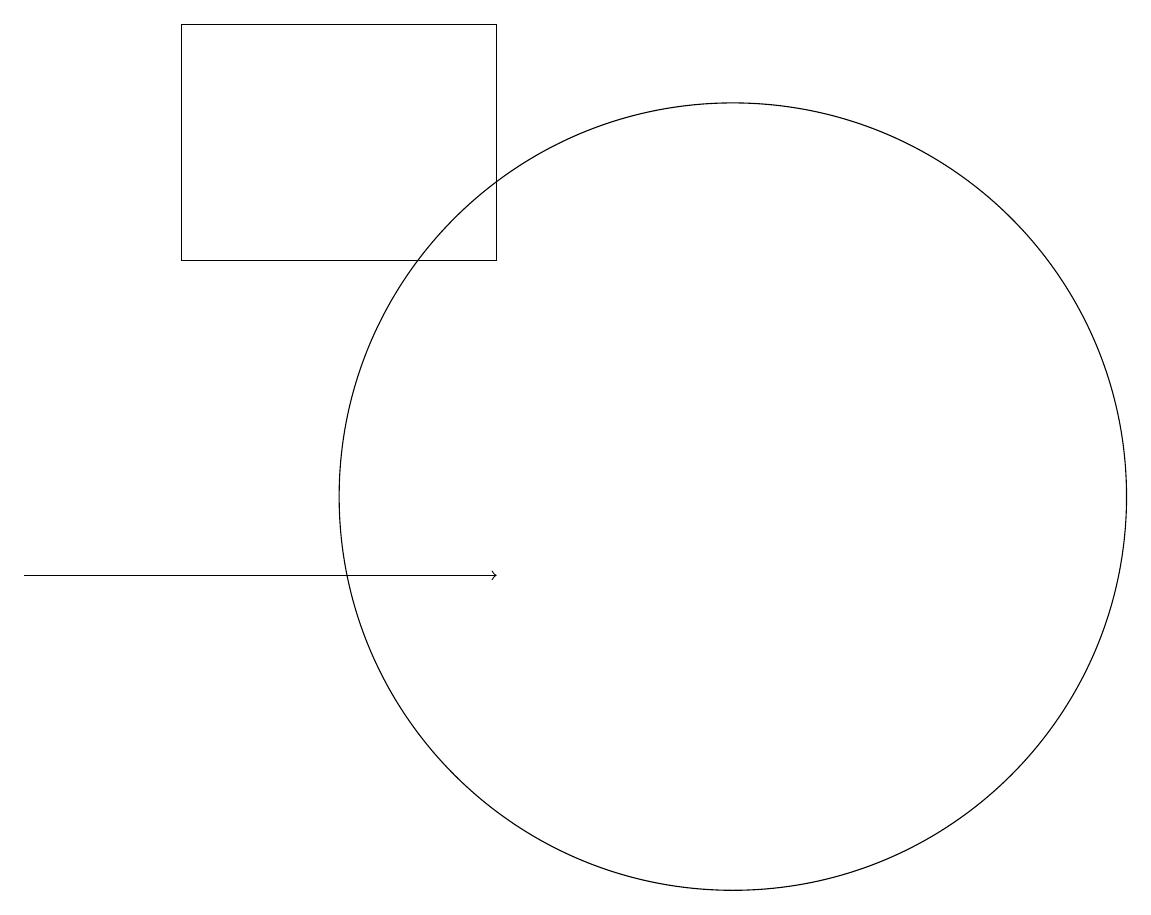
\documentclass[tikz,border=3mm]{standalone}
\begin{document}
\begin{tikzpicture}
\draw[->] (1,10) -- (7,10);
\draw (10,11) circle (5);
\draw (3,17) rectangle (7,14);
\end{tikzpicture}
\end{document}